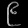
Digit: ၉